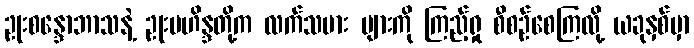
ဥုးစန္ဒောဘာသနဲ့ ဥုးမဟိန္ဒတို့က လက်သမား များကို ကြည့်ရှု စီစဉ်စေကြလို့ ယခုနှစ်မှာ